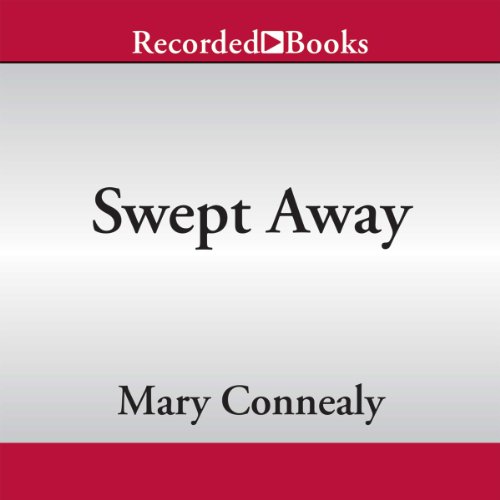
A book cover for Swept Away; Mary Connealy; Romance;